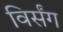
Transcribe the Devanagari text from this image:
विर्संग